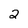
Character: 2